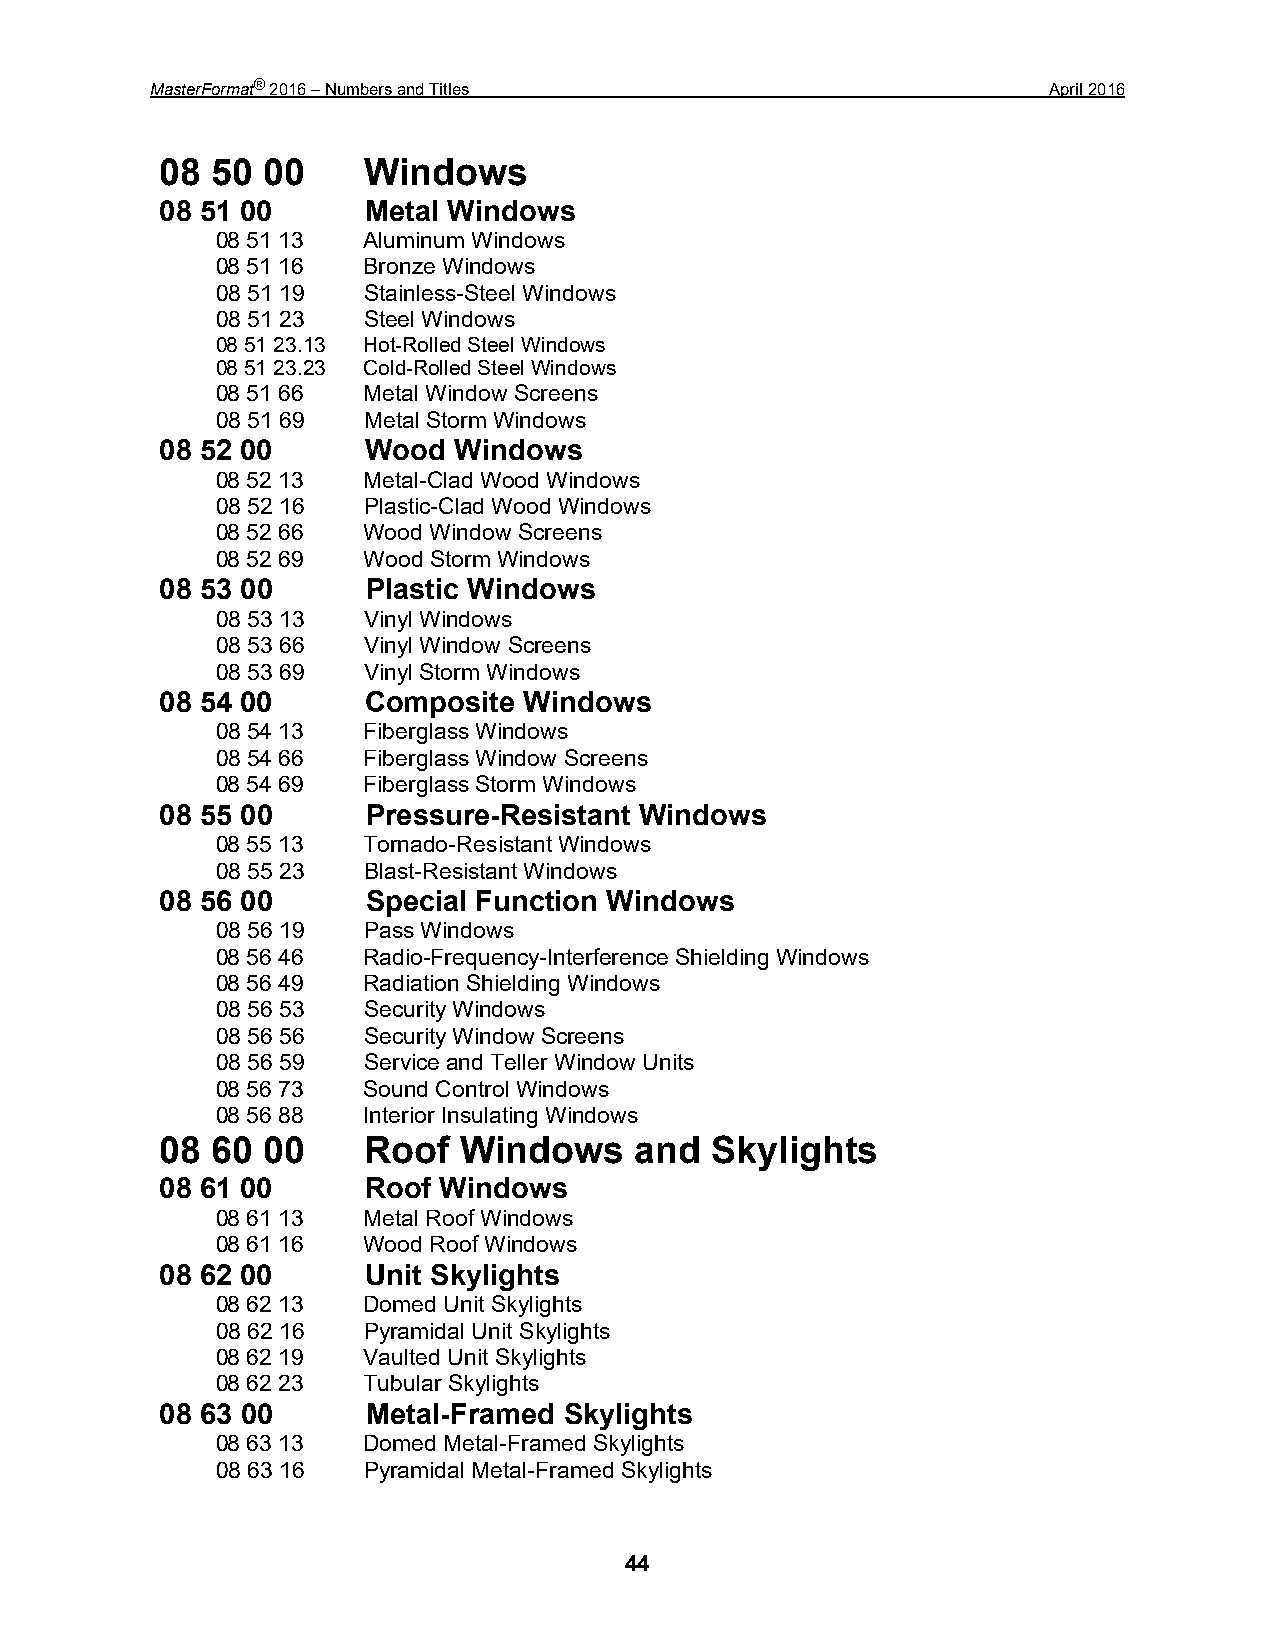
MasterFormat® 2016 – Numbers and Titles                     April 2016
 08 50 00     Windows
 08 51 00     Metal Windows
 08 51 13  Aluminum Windows
 08 51 16  Bronze Windows
 08 51 19  Stainless-Steel Windows
 08 51 23  Steel Windows
 08 51 23.13 Hot-Rolled Steel Windows
 08 51 23.23 Cold-Rolled Steel Windows
 08 51 66  Metal Window Screens
 08 51 69  Metal Storm Windows
 08 52 00     Wood  Windows
 08 52 13  Metal-Clad Wood Windows
 08 52 16  Plastic-Clad Wood Windows
 08 52 66  Wood Window Screens
 08 52 69  Wood Storm Windows
 08 53 00     Plastic Windows
 08 53 13  Vinyl Windows
 08 53 66  Vinyl Window Screens
 08 53 69  Vinyl Storm Windows
 08 54 00     Composite  Windows
 08 54 13  Fiberglass Windows
 08 54 66  Fiberglass Window Screens
 08 54 69  Fiberglass Storm Windows
 08 55 00     Pressure-Resistant Windows
 08 55 13  Tornado-Resistant Windows
 08 55 23  Blast-Resistant Windows
 08 56 00     Special Function Windows
 08 56 19  Pass Windows
 08 56 46  Radio-Frequency-Interference Shielding Windows
 08 56 49  Radiation Shielding Windows
 08 56 53  Security Windows
 08 56 56  Security Window Screens
 08 56 59  Service and Teller Window Units
 08 56 73  Sound Control Windows
 08 56 88  Interior Insulating Windows
 08 60 00     Roof  Windows     and  Skylights
 08 61 00     Roof Windows
 08 61 13  Metal Roof Windows
 08 61 16  Wood Roof Windows
 08 62 00     Unit Skylights
 08 62 13  Domed Unit Skylights
 08 62 16  Pyramidal Unit Skylights
 08 62 19  Vaulted Unit Skylights
 08 62 23  Tubular Skylights
 08 63 00     Metal-Framed Skylights
 08 63 13  Domed Metal-Framed Skylights
 08 63 16  Pyramidal Metal-Framed Skylights
 44